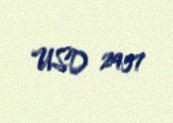
USD 2457